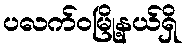
ပလက်ဝမြို့နယ်ရှိ